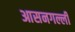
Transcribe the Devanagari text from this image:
आसनगल्ली